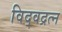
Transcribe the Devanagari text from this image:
विद्वद्रत्न